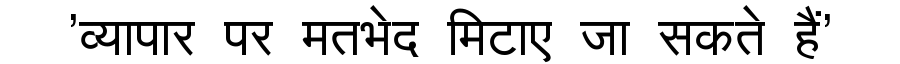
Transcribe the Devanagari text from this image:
'व्यापार पर मतभेद मिटाए जा सकते हैं'